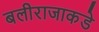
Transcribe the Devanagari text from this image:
बलीराजाकडे